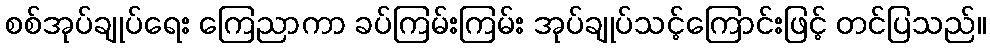
စစ်အုပ်ချုပ်ရေး ကြေညာကာ ခပ်ကြမ်းကြမ်း အုပ်ချုပ်သင့်ကြောင်းဖြင့် တင်ပြသည်။